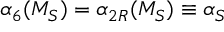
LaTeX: { \alpha } _ { 6 } ( M _ { S } ) = { \alpha } _ { 2 R } ( M _ { S } ) \equiv { \alpha } _ { S }